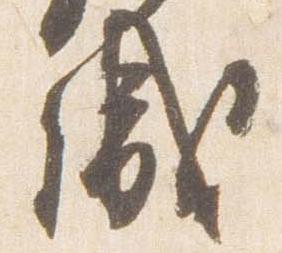
盛